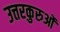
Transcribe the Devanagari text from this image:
उत्तरकुरुओं